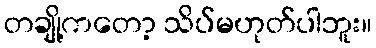
တချို့ကတော့ သိပ်မဟုတ်ပါဘူး။